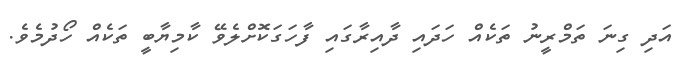
އަދި ގިނަ ތަމްރީނު ތަކެއް ހަދައި ދާއިރާގައި ފާހަގަކޮށްލެވޭ ކާމިޔާބީ ތަކެއް ހޯދުމެވެ.